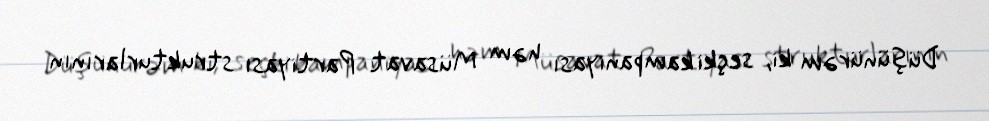
Düşünürəm ki, seçki kampaniyası həm Müsavat Partiyası strukturlarının